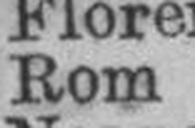
Rom